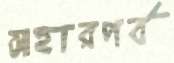
আহারপর্ব